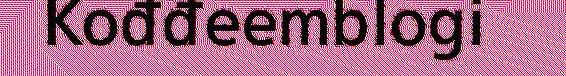
Kođđeemblogi